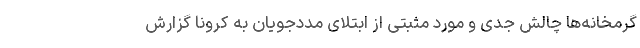
گرمخانه‌ها چالش جدی و مورد مثبتی از ابتلای مددجویان به کرونا گزارش